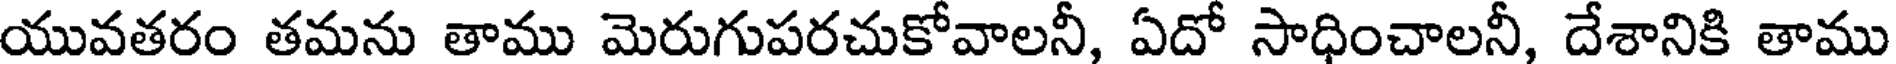
యువతరం తమను తాము మెరుగుపరచుకోవాలనీ, ఏదో సాధించాలనీ, దేశానికి తాము